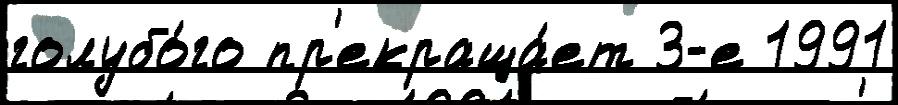
голубо́го пр'екраща́ет 3-е 1991